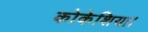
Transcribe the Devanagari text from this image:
कोकेशिया।